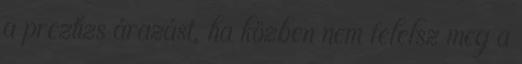
a preztízs árazást, ha közben nem felelsz meg a